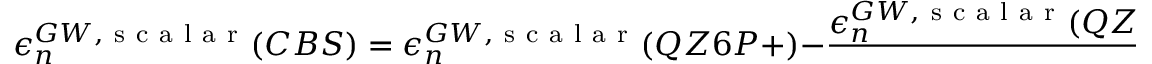
\epsilon _ { n } ^ { G W , \mathrm { ~ s ~ c ~ a ~ l ~ a ~ r ~ } } ( C B S ) = \epsilon _ { n } ^ { G W , \mathrm { ~ s ~ c ~ a ~ l ~ a ~ r ~ } } ( Q Z 6 P + ) - \frac { \epsilon _ { n } ^ { G W , \mathrm { ~ s ~ c ~ a ~ l ~ a ~ r ~ } } ( Q Z 6 P + ) - \epsilon _ { n } ^ { G W , \mathrm { ~ s ~ c ~ a ~ l ~ a ~ r ~ } } ( T Z 3 P + ) } { 1 - \frac { N _ { b a s } ^ { Q Z } } { N _ { b a s } ^ { T Z } } } \; ,